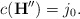
\begin{align*} c(\mathbf{H}'')=j_0. \end{align*}